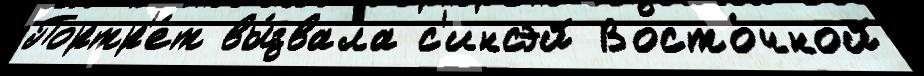
Портр'е́т вы́звала с'инсэй Восто́чной